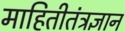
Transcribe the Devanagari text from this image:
माहितीतंत्रज्ञान